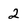
Character: 2